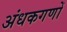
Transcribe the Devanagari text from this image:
अंधकगणों